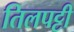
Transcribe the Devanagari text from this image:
तिलपट्टी